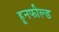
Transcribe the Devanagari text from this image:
हूनफील्ड